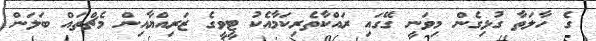
ގެ ހާލަތާ ގުޅިގެން މިވަނީ ގޭގައި ރައްކާތެރިކަމާއެކު ޓީވީގެ ޒަރިއްޔާއިން މެޗްތައް ބަލަން